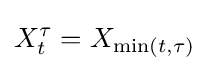
X_{t}^{\tau }=X_{\min(t,\tau )}